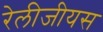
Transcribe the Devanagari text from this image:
रेलीजीयस